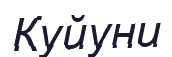
Куйуни